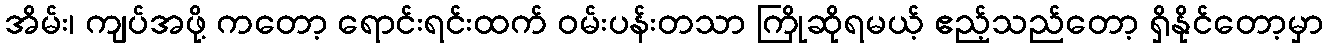
အိမ်း၊ ကျပ်အဖို့ ကတော့ ရောင်းရင်းထက် ဝမ်းပန်းတသာ ကြိုဆိုရမယ့် ဧည့်သည်တော့ ရှိနိုင်တော့မှာ